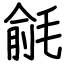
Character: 毹